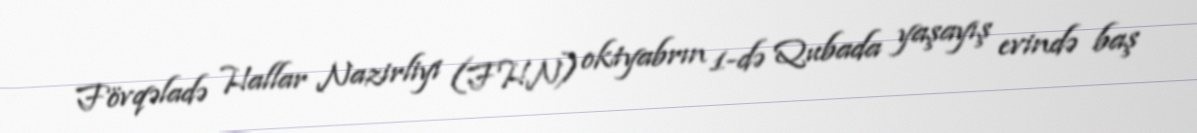
Fövqəladə Hallar Nazirliyi (FHN) oktyabrın 1-də Qubada yaşayış evində baş